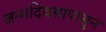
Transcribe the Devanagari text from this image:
जन्मदिवसापासुन